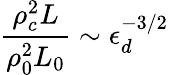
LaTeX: \frac{\rho_{c}^{2}L}{\rho_{0}^{2}L_{0}}\sim\epsilon_{d}^{-3/2}